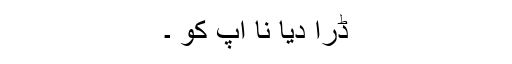
ڈرا دیا نا آپ کو ۔